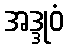
အဒ္ဒုဝံ